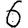
Digit: 6